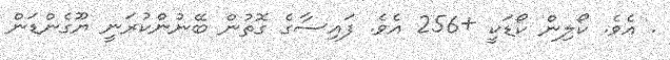
. އެވެ. ކޯލިން ކޯޑަކީ +256 އެވެ. ފައިސާގެ ގޮތުން ބޭނުންކުރަނީ ޔޫގެންޑަން